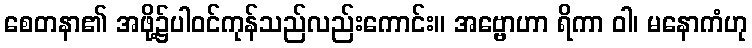
စေတနာ၏ အဖို့၌ပါဝင်ကုန်သည်လည်းကောင်း။ အဗ္ဗောဟာ ရိကာ ဝါ၊ မနောကံဟု